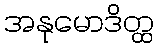
အနုမောဒိတ္ထ